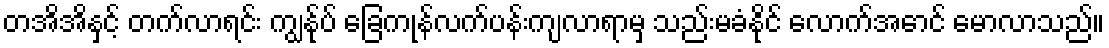
တအိအိနှင့် တက်လာရင်း ကျွန်ုပ် ခြေကုန်လက်ပန်းကျလာရာမှ သည်းမခံနိုင် လောက်အောင် မောလာသည်။